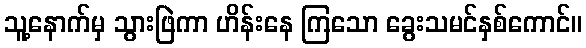
သူ့နောက်မှ သွားဖြဲကာ ဟိန်းနေ ကြသော ခွေးသမင်နှစ်ကောင်။